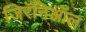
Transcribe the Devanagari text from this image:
जिरॅनिऑल